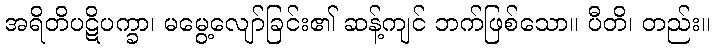
အရိတိပဋိပက္ခာ၊ မမွေ့လျော်ခြင်း၏ ဆန့်ကျင် ဘက်ဖြစ်သော။ ပီတိ၊ တည်း။